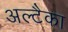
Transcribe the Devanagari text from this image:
अल्टैका